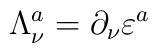
\Lambda _\nu ^a=\partial _\nu \varepsilon ^a